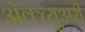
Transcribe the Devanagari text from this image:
अॅक्च्युअरी